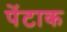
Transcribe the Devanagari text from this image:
पेंटाक